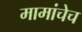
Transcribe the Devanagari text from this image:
मामांचेच